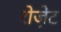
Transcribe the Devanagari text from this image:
रोजे़ट